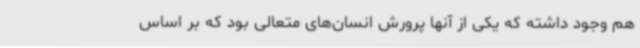
هم وجود داشته که یکی از آنها پرورش انسان‌های متعالی بود که بر اساس